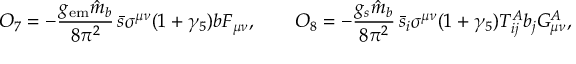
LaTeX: { \cal O } _ { 7 } = - \frac { g _ { \mathrm { e m } } \hat { m } _ { b } } { 8 \pi ^ { 2 } } \, \bar { s } \sigma ^ { \mu \nu } ( 1 + \gamma _ { 5 } ) b F _ { \mu \nu } , \qquad { \cal O } _ { 8 } = - \frac { g _ { s } \hat { m } _ { b } } { 8 \pi ^ { 2 } } \, \bar { s } _ { i } \sigma ^ { \mu \nu } ( 1 + \gamma _ { 5 } ) T _ { i j } ^ { A } b _ { j } G _ { \mu \nu } ^ { A } ,